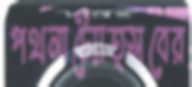
পথনাট্যোত্সবের